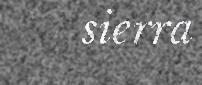
sierra